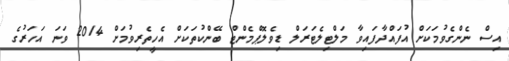
އިސް ނެންގެވުމަކަށް އުފައްދާފައިވާ މަލްޓިލެޓަރަލް ޑިވެލޮޕްމެންޓް ބޭންކުތަކަށް އެހީތެރިވުމަށް 2014 ވަނަ އަހަރުގެ